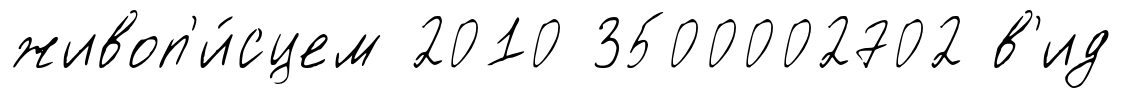
живоп'и́сцем 2010 3500002702 в'ид